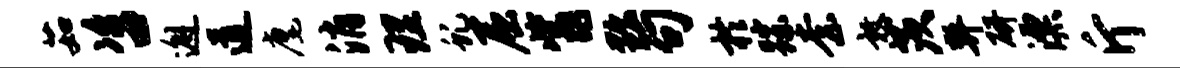
茹咨邂道麾消理虬屈觜黜句於踪柰敦茨弊研漂斤